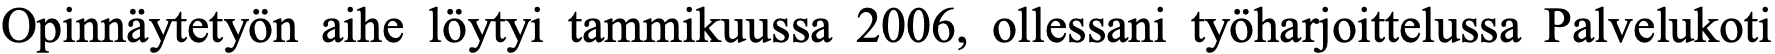
Opinnäytetyön aihe löytyi tammikuussa 2006, ollessani työharjoittelussa Palvelukoti